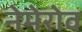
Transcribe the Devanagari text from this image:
नेमेरोव